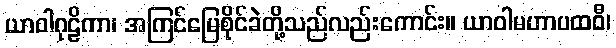
ယာဝါဂုဠိကာ၊ အကြင်မြေစိုင်ခဲတို့သည်လည်းကောင်း။ ယာဝါမဟာပထဝီ၊